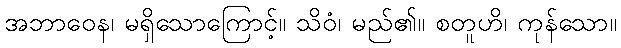
အဘာဝေန၊ မရှိသောကြောင့်။ သိဝံ၊ မည်၏။ စတူဟိ၊ ကုန်သော။